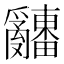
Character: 𤕌